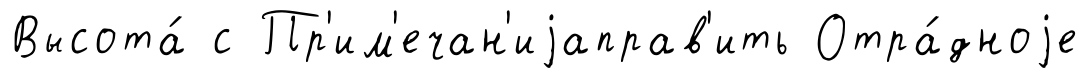
Высота́ с Пр'им'ечан'иjаправ'ить Отра́дноjе